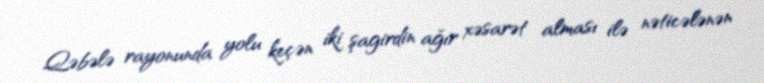
Qəbələ rayonunda yolu keçən iki şagirdin ağır xəsarət alması ilə nəticələnən